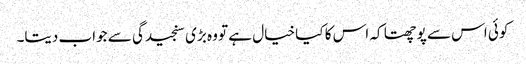
کوئی اس سے پوچھتا کہ اس کا کیا خیال ہے تو وہ بڑی سنجیدگی سے جواب دیتا۔